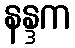
နန္ဒက